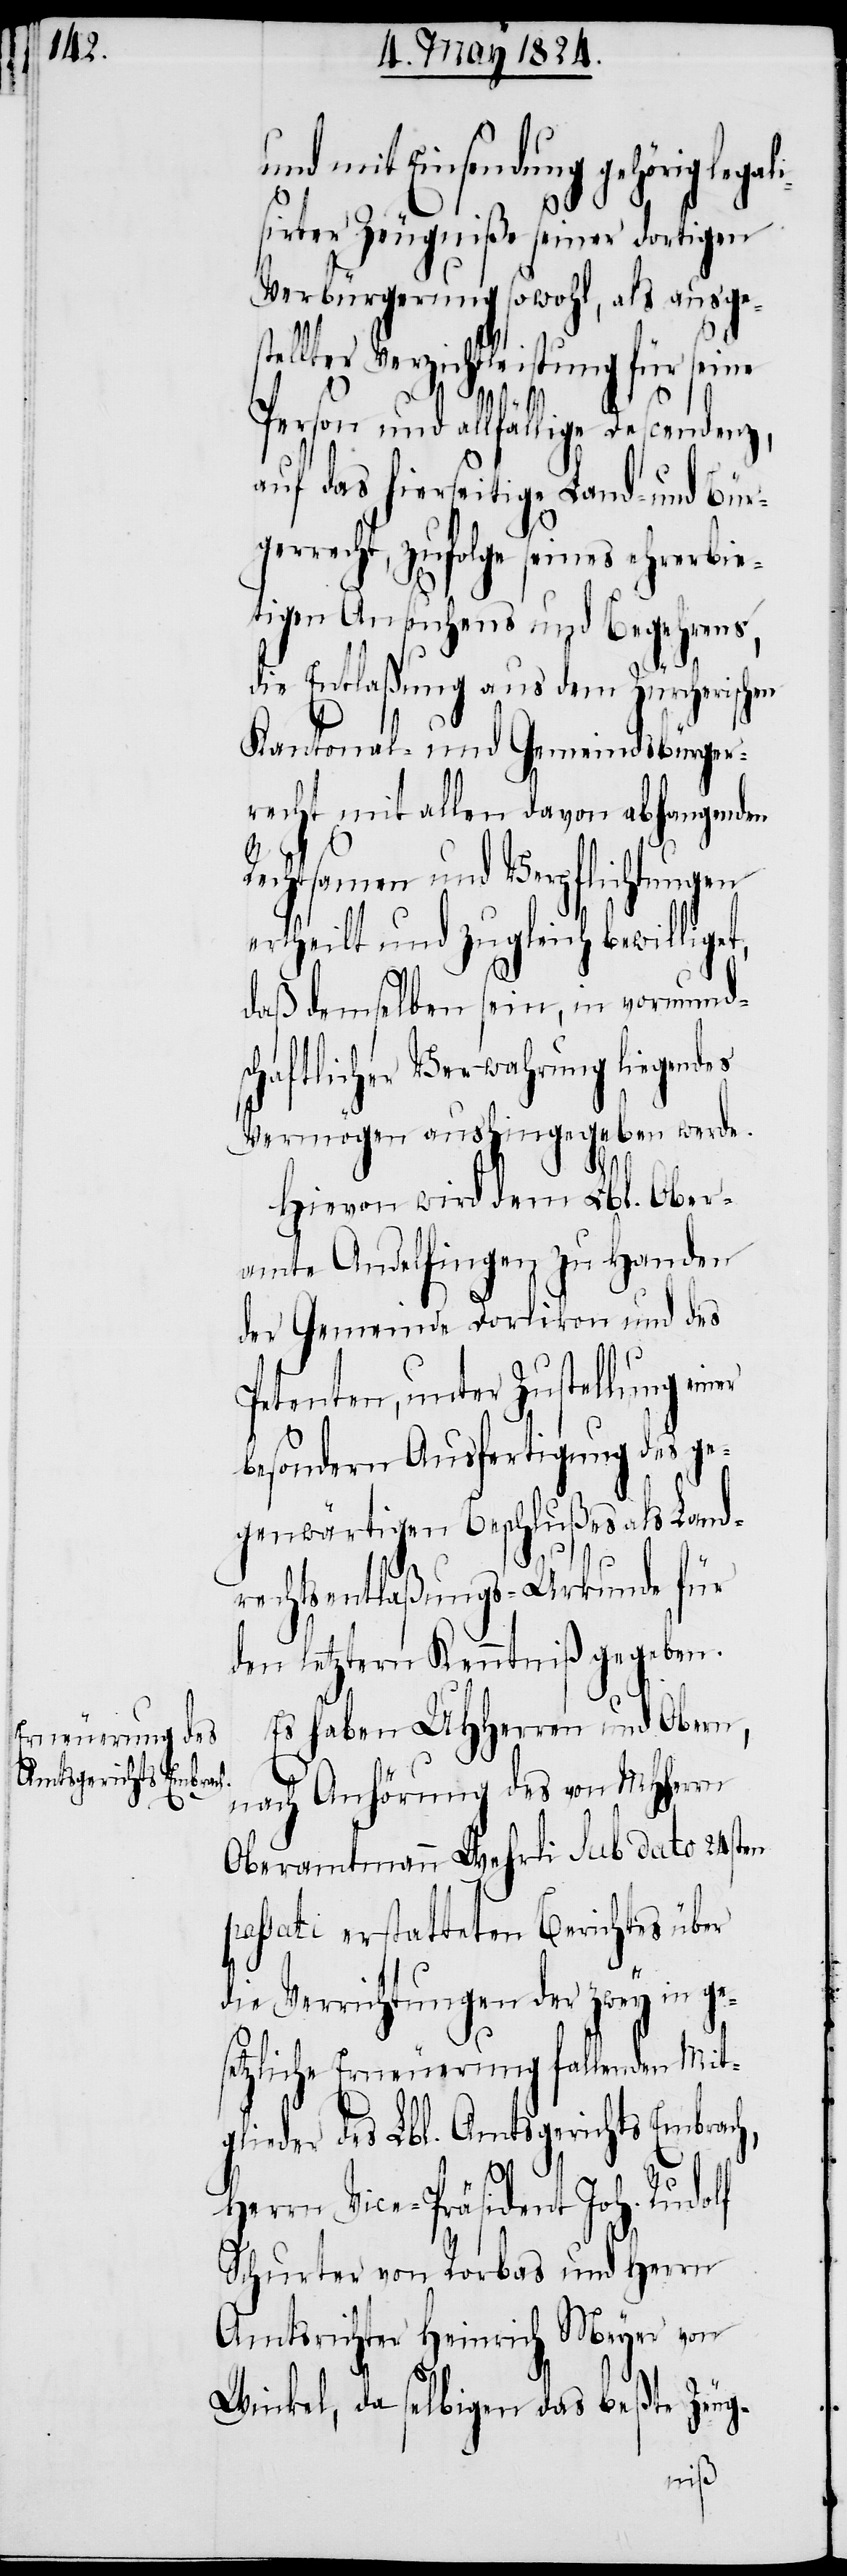
und mit Einsendung gehörig le¬
sirter Zeugniße seiner dortigen
Verbürgerung sowohl, als ausge¬
stellter Verzichtleistung für seine
ch,
Person und allfällige Descendenz,
auf das hierseitige Land- und Bür¬
gerrecht, zufolge seines ehererbie¬
tigen Ansuchens und Begehrens,
die Entlaßung aus dem Zürcherischen
Kantonal- und Gemeindsbürger¬
recht mit allen davon abhangenden
Rechtsamen und Verpflichtungen
ertheilt und zugleich bewillige¬
daß demselben sein, in vormunds¬
chaftlicher Verwahrung liegendes
Vermögen aushingegeben werde.
Hievon wird dem Lbl. Ober¬
amte Andelfingen zu Handen
der Gemeinde Dorlikon und des
Petenten, unter Zustellung ein¬
besondern Ausfertigung des ge¬
genwärtigen Beschlußes als Land¬
rechtsentlaßungs-Urkunde für
den letztern Kenntniß gegeben.
Es haben UHHerren und Obern,
nach Anhörung des von MHHerrn
Oberamtmann Wehrli sub dato 24sten
passati erstatteten Berichtes über
die Verrichtungen der zwey in g¬
setzliche Erneuerung fallenden Mitg¬
lieder des Lbl. Amtsgerichts Embra¬
Herrn Vice-Präsident Joh. Rudolf
Schurter von Rorbas und Herrn
Amtsrichter Heinrich Meyer von
Winkel, da selbigen das beßte Zeug-